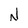
Character: N